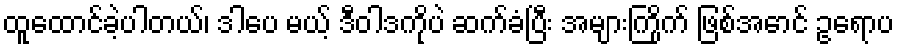
ထူထောင်ခဲ့ပါတယ်၊ ဒါပေ မယ့် ဒီဝါဒကိုပဲ ဆက်ခံပြီး အများကြိုက် ဖြစ်အောင် ဥရောပ